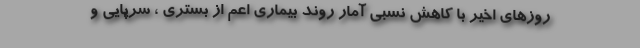
روزهای اخیر با کاهش نسبی آمار روند بیماری اعم از بستری ، سرپایی و